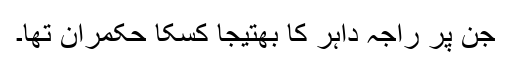
جن پر راجہ داہر کا بھتیجا کسکا حکمران تھا۔